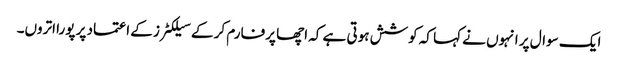
ایک سوال پر انہوں نے کہا کہ کوشش ہوتی ہے کہ اچھا پرفارم کر کے سیلکٹرز کے اعتماد پر پورا اتروں۔